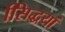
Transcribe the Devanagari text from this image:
सििद्धयां